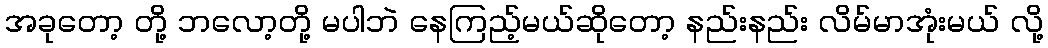
အခုတော့ တို့ ဘလော့တို့ မပါဘဲ နေကြည့်မယ်ဆိုတော့ နည်းနည်း လိမ်မာအုံးမယ် လို့